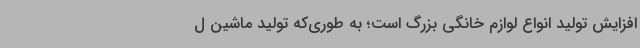
افزایش تولید انواع لوازم خانگی بزرگ است؛ به طوری‌که تولید ماشین ل